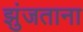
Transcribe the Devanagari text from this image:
झुंजताना